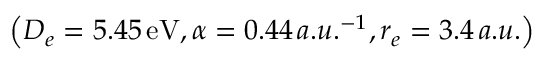
\left( D _ { e } = 5 . 4 5 \, \mathrm { e V } , \alpha = 0 . 4 4 \, a . u . ^ { - 1 } , r _ { e } = 3 . 4 \, a . u . \right)